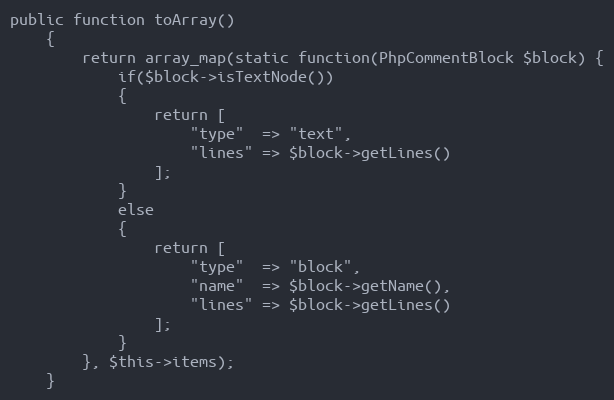
Language: PHP
public function toArray()
	{
		return array_map(static function(PhpCommentBlock $block) {
			if($block->isTextNode())
			{
				return [
					"type"  => "text",
					"lines" => $block->getLines()
				];
			}
			else
			{
				return [
					"type"  => "block",
					"name"  => $block->getName(),
					"lines" => $block->getLines()
				];
			}
		}, $this->items);
	}